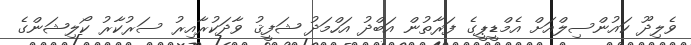
ވެލިދޫ ކައުންސިލްއަށް އެމްޑީޕީގެ ފަރާތުން އަބްދު އަހްމަދު ޝަފީޤު ވާދަކުރާއިރު ސަރުކާރު ކޯލިޝަންގެ